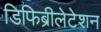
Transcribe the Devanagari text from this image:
डिफिब्रीलेटेशन